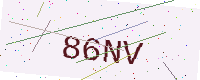
Text: 86NV